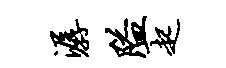
潺隘起